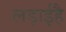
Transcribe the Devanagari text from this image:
लड़ाईहै